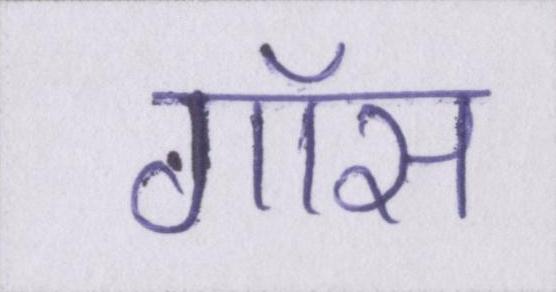
गॉस